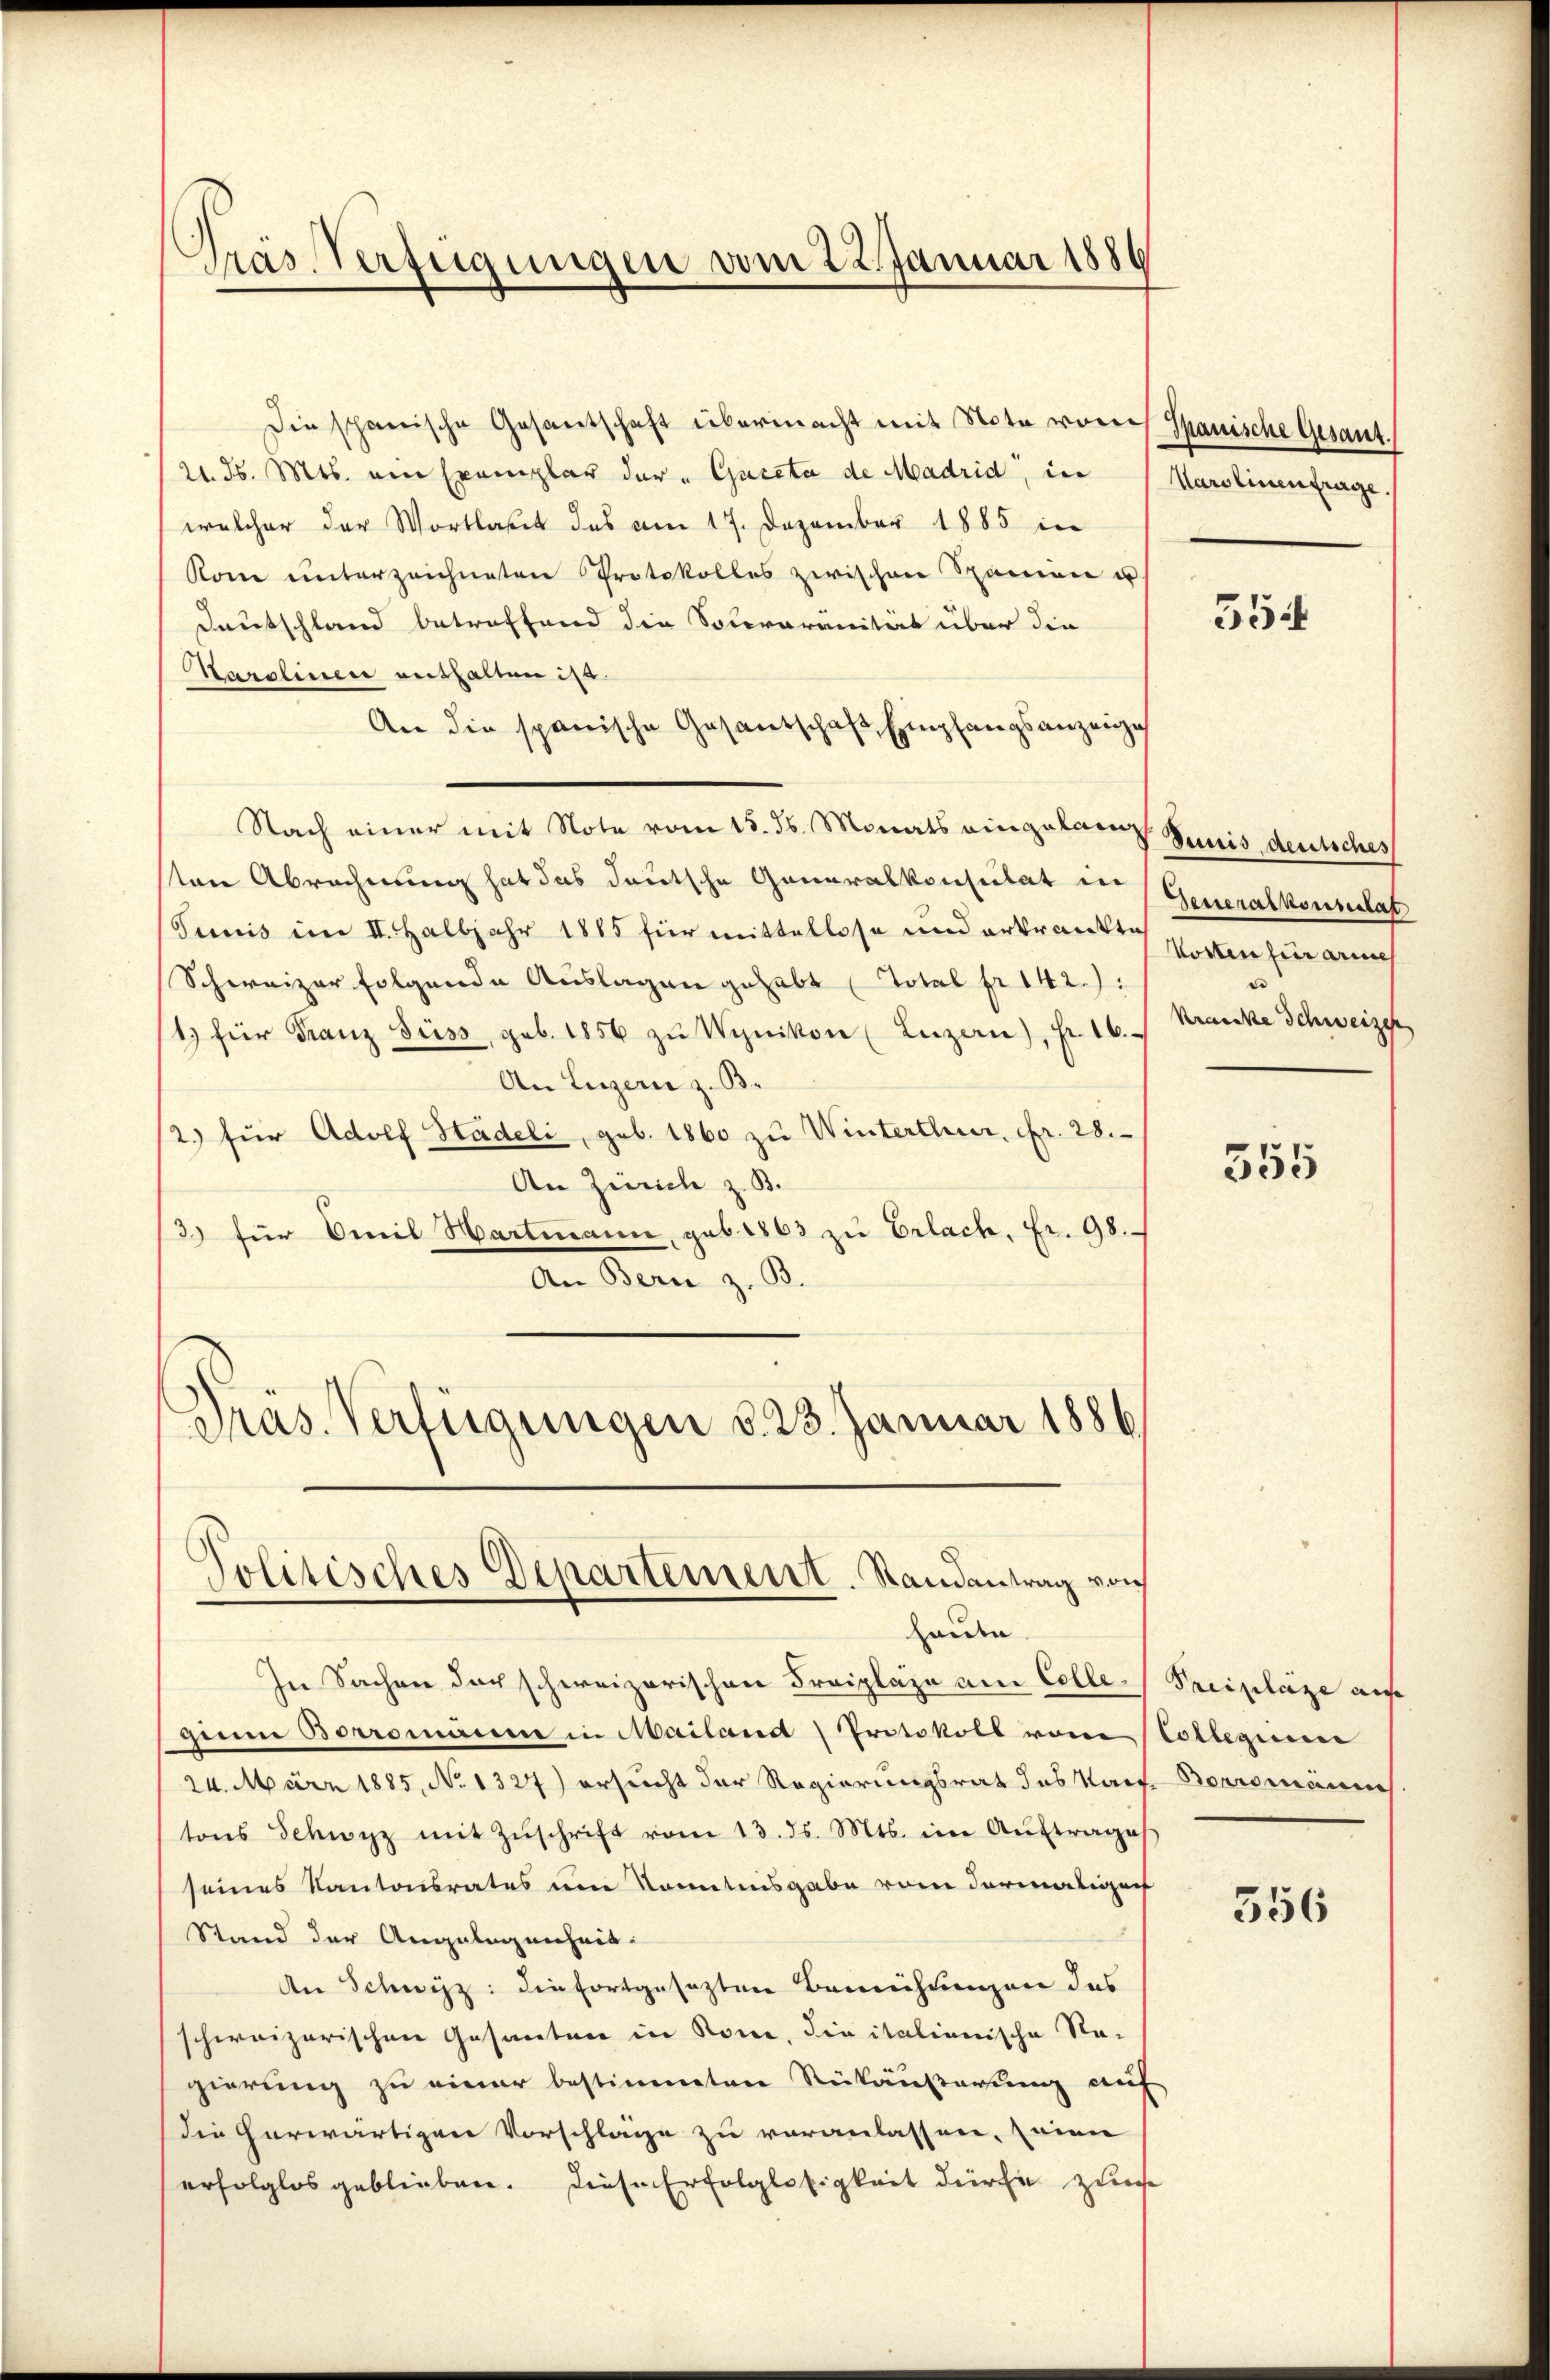
Die schanische Gesantschaft übermacht mit Note von Spanische Gesant.
21. d. Mts. ein Exemplar der "Guceta de Madrid, in (Marolinenfrage.
welcher der Wortlaut des am 17. Dezember 1885 in
Kom unterzeichneten Protokolles zwischen Spanien u
Deutschland betreffend die Solivoranität über die
Harolinen enthalten ist.
An die spanische Gesandschaft Empfangsanzeige
Nach einer mit Note vom 15. ds. Monats eingelang Junis deutsches
sten Abrechnung hat das deutsche Generalkonsulat in
Junis im II. Halbjahr 1885 für mittellose und erkrankt hatten für auch
Schweizer folgende Auslagen gehabt (Total pr 142.):
/4 für Franz Jüss, geb. 1856 zŭ Wynikon (Luzern), Fr. 16.
An Luzern z. B.
2.) für Adolf Hädeli, geb. 1860 zu Winterthur, Fr. 28.
An Zürich z. B.
3) für Omil Hartmann, geb. 1863 zu Erlach, Fr. 98.
An Bern z. B.
Präs. Verfügungen d. 23. Januar 1886

Gras Verfügungen vom 22. Januar 1886

Politisches Departement. Randantrag von

Deneralkonsistat
e
Kranke Schweizer

heiden
In Sachen doch schweizerischen Fraiplaze am Colle- Preiplaze auf
zum Borromanne in Mailand Protokoll vom Collegier
24. März 1885, No 1327) ersucht der Regierungsrat des Raif Perromannis
tons Schwyz mit Zŭschrift vom 13. ds. Mts. im Aŭftrages
seines Kantonsrates um kanntnisgabe von dermaliger
Stand der Angelegenheit.
An Schwyz: die fortgesetzten Bemühungen das
schweizerischen Gesanten in Rone, die italienische Sta-
gierung zu einer bestimmten Rückäußerung auf
die herwärtigen Vorschläge zu veranlassen, seine
erfolglos geblieben. Diese Erfolglosigkeit durche zum

554

355

356